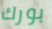
بورك